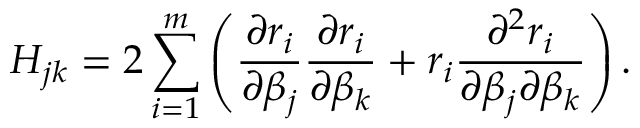
H _ { j k } = 2 \sum _ { i = 1 } ^ { m } \left( { \frac { \partial r _ { i } } { \partial \beta _ { j } } } { \frac { \partial r _ { i } } { \partial \beta _ { k } } } + r _ { i } { \frac { \partial ^ { 2 } r _ { i } } { \partial \beta _ { j } \partial \beta _ { k } } } \right) .